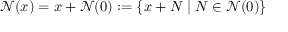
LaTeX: { \mathcal { N } } ( x ) = x + { \mathcal { N } } ( 0 ) : = \{ x + N \mid N \in { \mathcal { N } } ( 0 ) \}